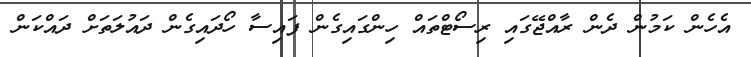
އެހެން ކަމުން ދެން ރާއްޖޭގައި ރިސޯޓްތައް ހިންގައިގެން ފައިސާ ހޯދައިގެން ދައުލަތަށް ދައްކަން